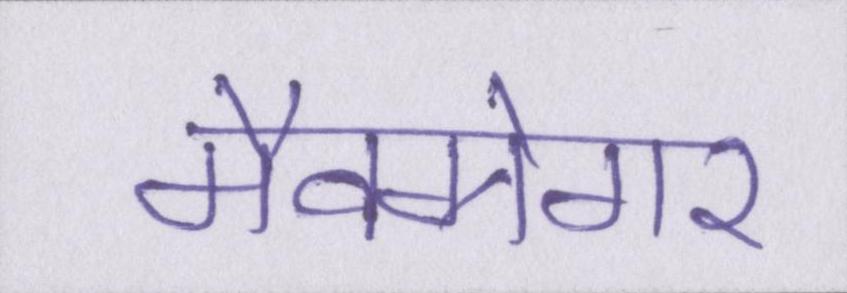
मैक्ग्रेगर